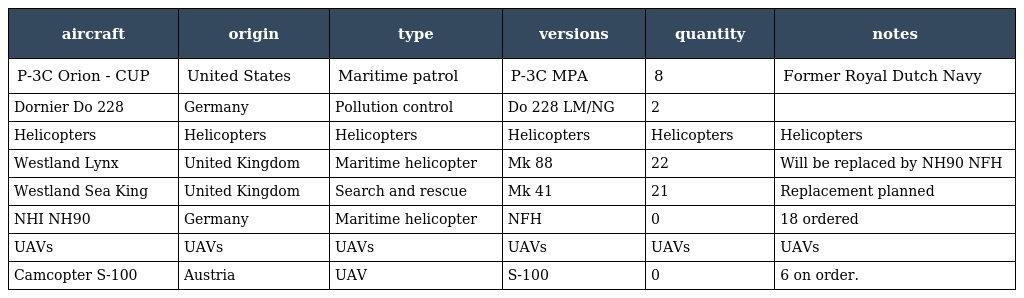
| aircraft | origin | type | versions | quantity | notes |
 | --- | --- | --- | --- | --- | --- |
 | P-3C Orion - CUP | United States | Maritime patrol | P-3C MPA | 8 | Former Royal Dutch Navy |
 | Dornier Do 228 | Germany | Pollution control | Do 228 LM/NG | 2 |  |
 | Helicopters | Helicopters | Helicopters | Helicopters | Helicopters | Helicopters |
 | Westland Lynx | United Kingdom | Maritime helicopter | Mk 88 | 22 | Will be replaced by NH90 NFH |
 | Westland Sea King | United Kingdom | Search and rescue | Mk 41 | 21 | Replacement planned |
 | NHI NH90 | Germany | Maritime helicopter | NFH | 0 | 18 ordered |
 | UAVs | UAVs | UAVs | UAVs | UAVs | UAVs |
 | Camcopter S-100 | Austria | UAV | S-100 | 0 | 6 on order. |